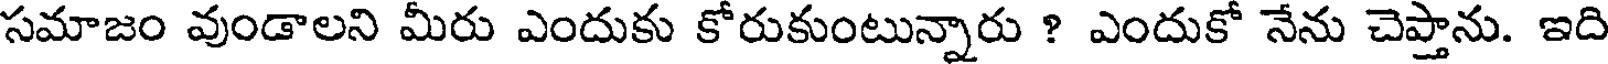
సమాజం వుండాలని మీరు ఎందుకు కోరుకుంటున్నారు ? ఎందుకో నేను చెప్తాను. ఇది